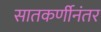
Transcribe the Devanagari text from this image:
सातकर्णीनंतर